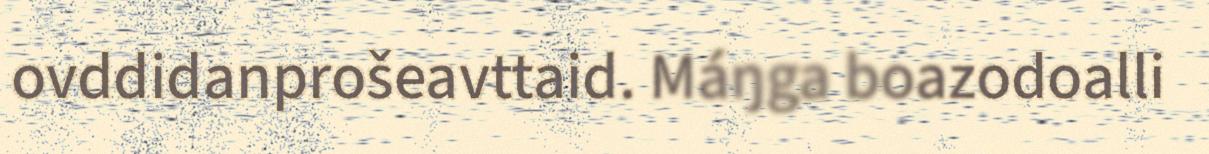
ovddidanprošeavttaid. Máŋga boazodoalli